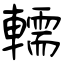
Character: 轜